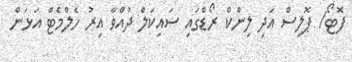
ފޮޓޯ/ ޕޮލިސް އަދި ލިންކް ރޯޑްގައި ސައިކަލް ދުއްވާ އިރު ހެލްމެޓް އަޅަން